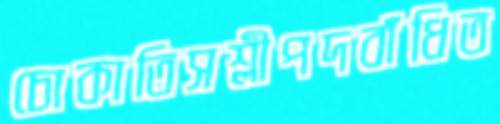
চোকাতিসশ্লীপদবাঁধিত